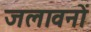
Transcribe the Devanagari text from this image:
जलावनों